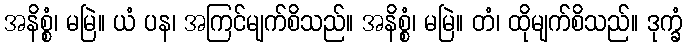
အနိစ္စံ၊ မမြဲ။ ယံ ပန၊ အကြင်မျက်စိသည်။ အနိစ္စံ၊ မမြဲ။ တံ၊ ထိုမျက်စိသည်။ ဒုက္ခံ